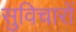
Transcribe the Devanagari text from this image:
सुविचारों